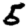
Digit: 5